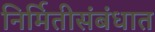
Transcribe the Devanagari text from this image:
निर्मितीसंबंधात